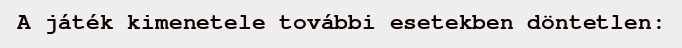
A játék kimenetele további esetekben döntetlen: